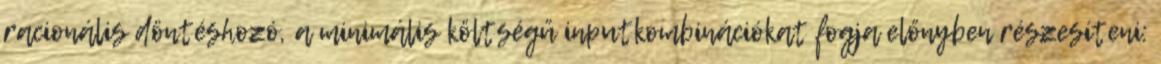
racionális döntéshozó, a minimális költségű inputkombinációkat fogja előnyben részesíteni: